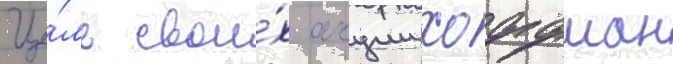
Це́ль свои́х акции хоффман